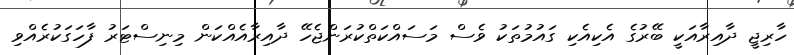
ހާރިޖީ ދާއިރާއަކީ ބޭރުގެ އެކިއެކި ގައުމުތަކު ވެސް މަސައްކަތްކުރަންޖެހޭ ދާއިރާއެއްކަން މިނިސްޓަރު ފާހަގަކުރެއްވި